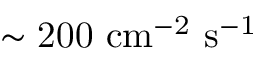
\mathrm { { \sim 2 0 0 } ~ c m ^ { - 2 } ~ s ^ { - 1 } }